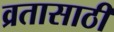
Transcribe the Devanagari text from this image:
व्रतासाठी